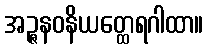
အဉ္ဇနဝနိယတ္ထေရဂါထာ။